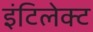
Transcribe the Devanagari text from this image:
इंटिलेक्ट